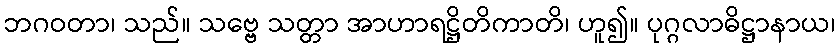
ဘဂဝတာ၊ သည်။ သဗ္ဗေ သတ္တာ အာဟာရဋ္ဌိတိကာတိ၊ ဟူ၍။ ပုဂ္ဂလာဓိဋ္ဌာနာယ၊